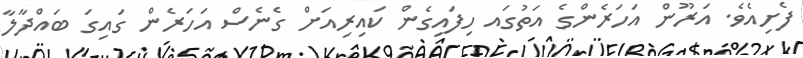
ފެށިއެވެ. އަރޫން އަހަރެންގެ އަތުގައ ހިފައިގެން ކައިރިއަށް ގެނެސް އަހަރެން ގައިގަ ބައްދާލާ